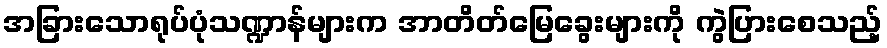
အခြားသောရုပ်ပုံသဏ္ဍာန်များက အာတိတ်မြေခွေးများကို ကွဲပြားစေသည့်